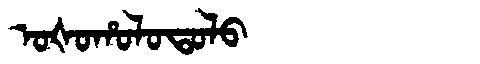
Manchu: ᠣᡧᠣᡥᠣᠯᠣᡨᠣᠯᠣ
Romanization: OŠOHOLOTOLO